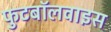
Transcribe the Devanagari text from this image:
फुटबॉलवाइस